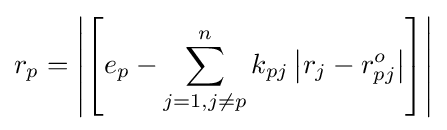
r_{p}=\left|\left[e_{p}-\sum _{j=1,j\neq p}^{n}k_{pj}\left|r_{j}-r_{pj}^{o}\right|\right]\right|